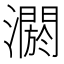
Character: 𤂷